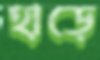
হাড়ে